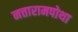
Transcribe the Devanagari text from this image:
नत्तारामपोथा